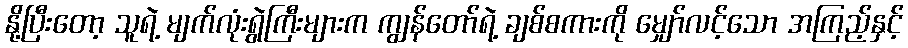
နို့ပြီးတော့ သူရဲ့ မျက်လုံးရွဲကြီးများက ကျွန်တော်ရဲ့ ချစ်စကားကို မျှော်လင့်သော အကြည့်နှင့်